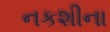
નકશીના